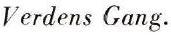
Verdens Gang.